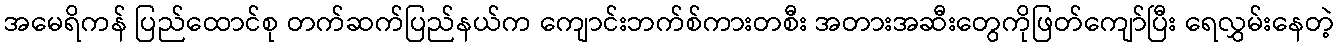
အမေရိကန် ပြည်ထောင်စု တက်ဆက်ပြည်နယ်က ကျောင်းဘက်စ်ကားတစီး အတားအဆီးတွေကိုဖြတ်ကျော်ပြီး ရေလွှမ်းနေတဲ့